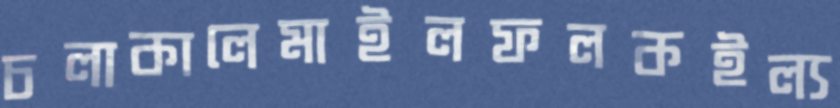
চলাকালেমাইলফলকইল্য